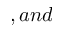
, a n d